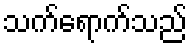
သက်ရောက်သည်